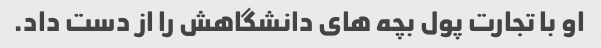
او با تجارت پول بچه های دانشگاهش را از دست داد.